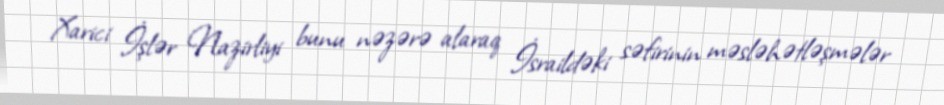
Xarici İşlər Nazirliyi bunu nəzərə alaraq İsraildəki səfirinin məsləhətləşmələr